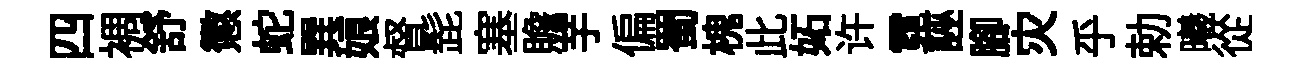
四裯舒懲蛇巽娘督髭塞贍芋偏蜀槐此妬许霓誣腳灾乎勅曦從